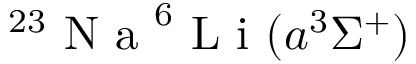
^ { 2 3 } \mathrm { ~ N ~ a ~ } ^ { 6 } \mathrm { ~ L ~ i ~ } ( a ^ { 3 } \Sigma ^ { + } )